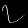
Digit: ၇